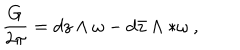
{ \frac { G } { 2 \pi } } = d z \wedge \omega - d { \bar { z } } \wedge * \omega \ ,